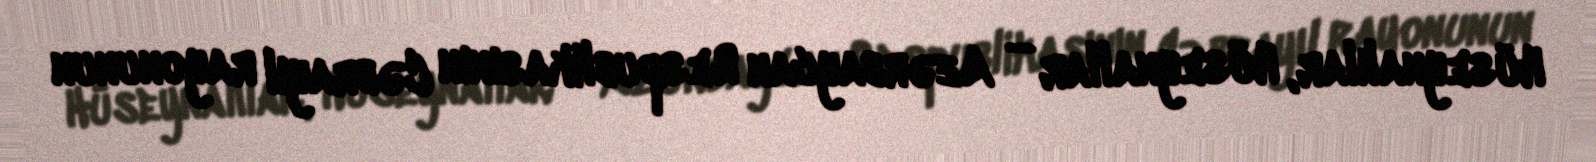
Hüseynalılar, Hüseynallar — Azərbaycan Respublikasının Cəbrayıl rayonunun